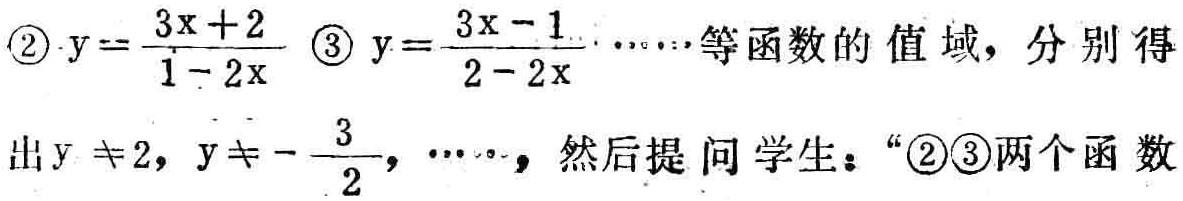
\textcircled{2}$y = \frac{3x + 2}{1 - 2x}$ \textcircled{3}$y = \frac{3x - 1}{2 - 2x}\cdots\cdots$等函数的值域，分别得
出$y\neq2,y\neq-\frac{3}{2},\cdots\cdots$，然后提问学生：“\textcircled{2}\textcircled{3}两个函数